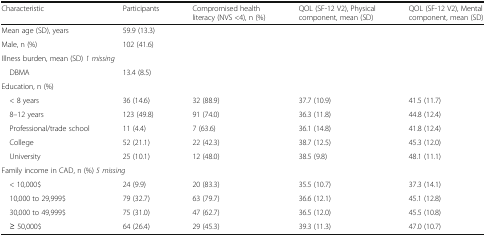
| Characteristic | Participants | Compromised health literacy (NVS <4), n (%) | QOL (SF-12 V2), Physical component, mean (SD) | QOL (SF-12 V2), Mental component, mean (SD) |
 | --- | --- | --- | --- | --- |
 | Mean age (SD), years | 59.9 (13.3) |  |  |  |
 | Male, n (%) | 102 (41.6) |  |  |  |
 | <COLSPAN=5> Illness burden, mean (SD) 1 missing |
 | DBMA | 13.4 (8.5) |  |  |  |
 | <COLSPAN=5> Education, n (%) |
 | < 8 years | 36 (14.6) | 32 (88.9) | 37.7 (10.9) | 41.5 (11.7) |
 | 8–12 years | 123 (49.8) | 91 (74.0) | 36.3 (11.8) | 44.8 (12.4) |
 | Professional/trade school | 11 (4.4) | 7 (63.6) | 36.1 (14.8) | 41.8 (12.4) |
 | College | 52 (21.1) | 22 (42.3) | 38.7 (12.5) | 45.3 (12.0) |
 | University | 25 (10.1) | 12 (48.0) | 38.5 (9.8) | 48.1 (11.1) |
 | <COLSPAN=5> Family income in CAD, n (%) 5 missing |
 | < 10,000$ | 24 (9.9) | 20 (83.3) | 35.5 (10.7) | 37.3 (14.1) |
 | 10,000 to 29,999$ | 79 (32.7) | 63 (79.7) | 36.6 (12.1) | 45.1 (12.8) |
 | 30,000 to 49,999$ | 75 (31.0) | 47 (62.7) | 36.5 (12.0) | 45.5 (10.8) |
 | ≥ 50,000$ | 64 (26.4) | 29 (45.3) | 39.3 (11.3) | 47.0 (10.7) |